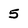
Character: 5